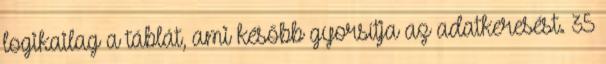
logikailag a táblát, ami később gyorsítja az adatkeresést. 35